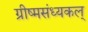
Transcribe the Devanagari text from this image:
ग्रीष्मसंध्यकल्